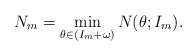
\begin{align*}N_m = \min \limits_{\theta \in (I_m + \omega)} N(\theta; I_m).\end{align*}